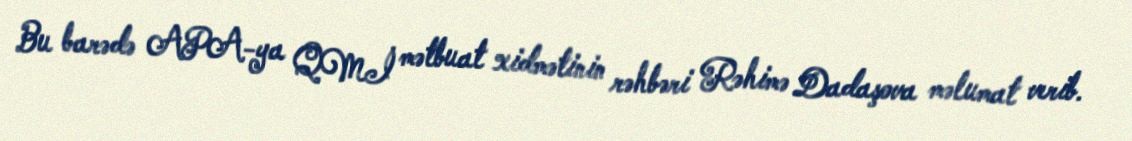
Bu barədə APA-ya QMİ mətbuat xidmətinin rəhbəri Rəhimə Dadaşova məlumat verib.